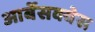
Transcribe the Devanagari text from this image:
आर्बेसक्वेस